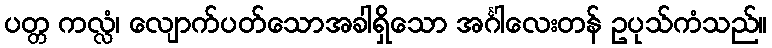
ပတ္တ ကလ္လံ၊ လျောက်ပတ်သောအခါရှိသော အင်္ဂါလေးတန် ဥပုသ်ကံသည်။